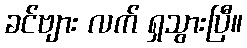
ခင်ဗျား လက် ရှသွားပြီ။